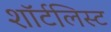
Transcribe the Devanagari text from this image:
शॉर्टलिस्ट